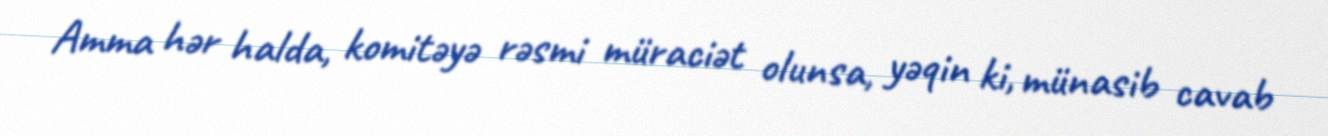
Amma hər halda, komitəyə rəsmi müraciət olunsa, yəqin ki, münasib cavab